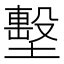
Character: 墼